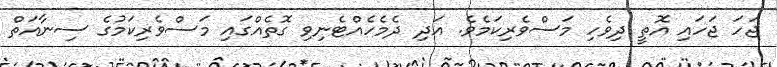
ޖަހަ ޖަހައި އޮތީ ދިވެހި މަސްވެރިކަމެވެ. އަދި ދެމެހެއްޓެނިވި ގޮތެއްގައި މަސްވެރިކަމުގެ ސިނާއަތް